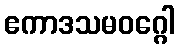
ဧကာဒသမဝဂ္ဂေါ